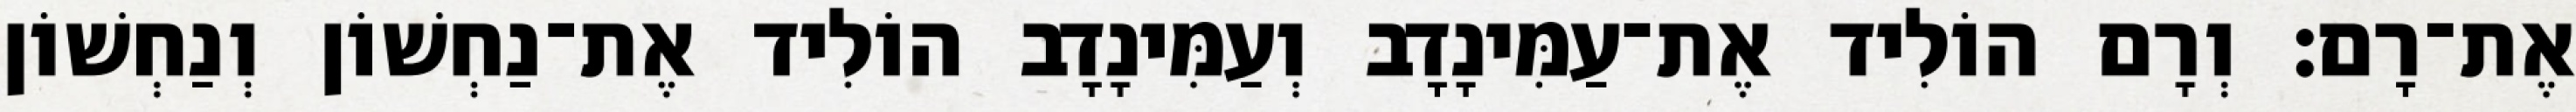
אֶת־רָם׃ וְרָם הוֹלִיד אֶת־עַמִּינָדָב וְעַמִּינָדָב הוֹלִיד אֶת־נַחְשׁוֹן וְנַחְשׁוֹן